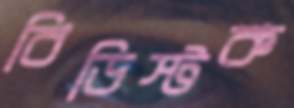
বিডিস্টক